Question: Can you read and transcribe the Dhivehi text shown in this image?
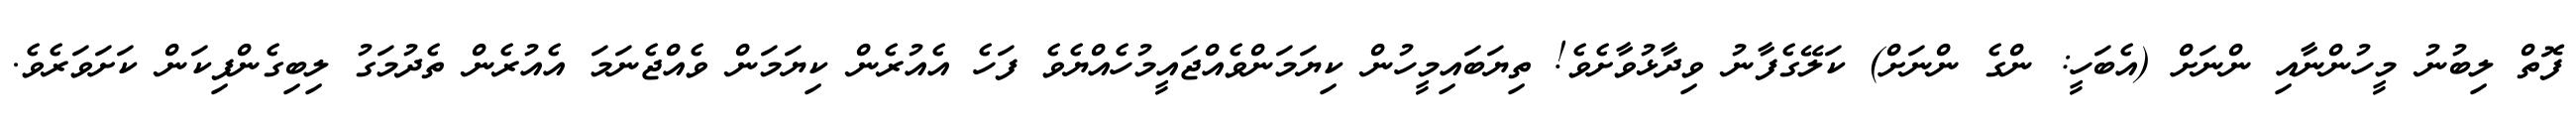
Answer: ފޮތް ލިބުނު މީހުންނާއި ންނަށް (އެބަހީ: ންގެ ންނަށް) ކަލޭގެފާނު ވިދާޅުވާށެވެ! ތިޔަބައިމީހުން ކިޔަމަންވެއްޖައީމުހެއްޔެވެ ފަހެ އެއުރެން ކިޔަމަން ވެއްޖެނަމަ އެއުރެން ތެދުމަގު ލިބިގެންފިކަން ކަށަވަރެވެ.